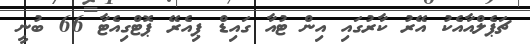
ޗަޕެލްއާއެކު އޭރު ކާރުގައި އިން ޓުއާ ގައިޑް ޕިއެރޭ ޕޮޓްގިއެޓާ 66 ބުނީ